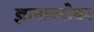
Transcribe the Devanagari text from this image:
ज्ञानाबरोबर